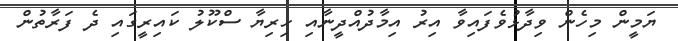
ޔަމީން މިހެން ވިދާޅުވެފައިވާ އިރު އިމާދުއްދީނާއި ހިރިޔާ ސްކޫލު ކައިރީގައި ދެ ފަރާތުން